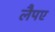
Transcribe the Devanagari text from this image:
लैपए